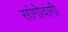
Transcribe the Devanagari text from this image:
सांगोवांगी